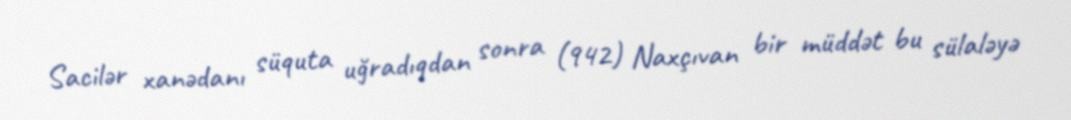
Sacilər xanədanı süquta uğradıqdan sonra (942) Naxçıvan bir müddət bu sülaləyə